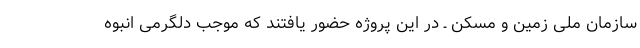
سازمان ملی زمین و مسکن ـ در این پروژه حضور یافتند که موجب دلگرمی انبوه